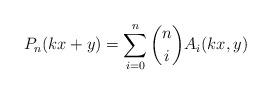
LaTeX: \begin{align*} P_n (kx+y) = \sum_{i=0}^n \binom{n}{i} A_i (kx,y)\end{align*}